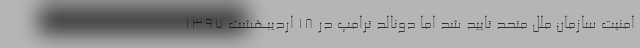
امنیت سازمان ملل متحد تایید شد اما دونالد ترامپ در ۱۸ اردیبهشت ۱۳۹۷